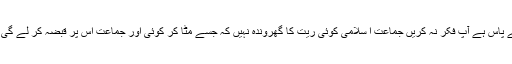
جماعت اسلامی کی قیادت نوجوان سراج الحق کے پاس ہے آپ فکر نہ کریں جماعت ا سلامی کوئی ریت کا گھروندہ نہیں کہ جسے مٹا کر کوئی اور جماعت اس پر قبضہ کر لے گی آپ جماعت کے غم میں کمزور نہ ہوتے جائیں ۔